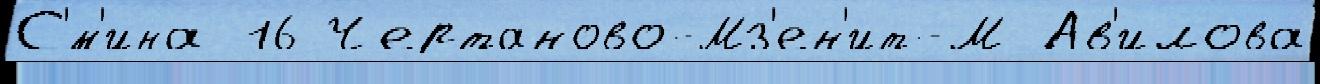
С'́м'ина 16 Чертаново-Мз'ен'ит-М Ав'илова